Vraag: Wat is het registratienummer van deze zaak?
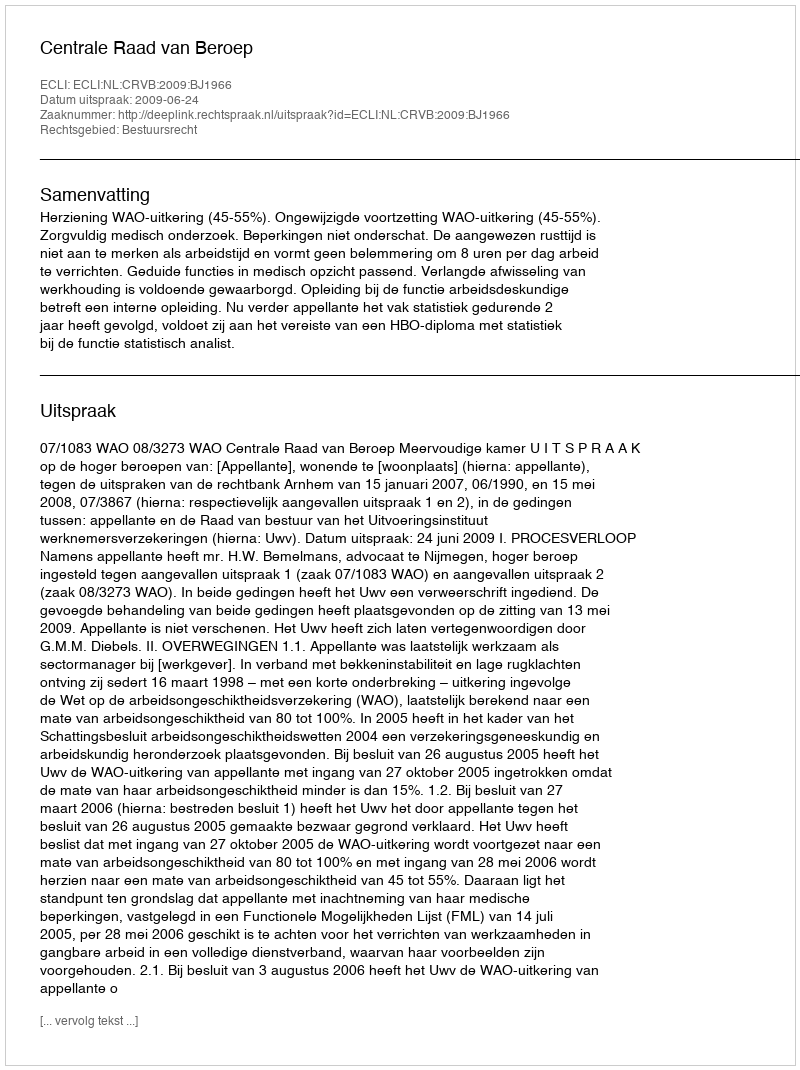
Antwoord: http://deeplink.rechtspraak.nl/uitspraak?id=ECLI:NL:CRVB:2009:BJ1966